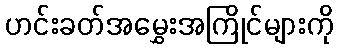
ဟင်းခတ်အမွှေးအကြိုင်များကို